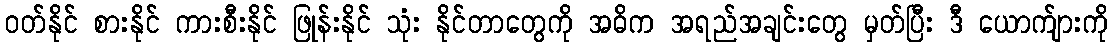
ဝတ်နိုင် စားနိုင် ကားစီးနိုင် ဖြုန်းနိုင် သုံး နိုင်တာတွေကို အဓိက အရည်အချင်းတွေ မှတ်ပြီး ဒီ ယောက်ျားကို